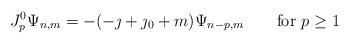
LaTeX: \begin{align*}J^0_p \Psi_{n,m}=-(-\jmath+\jmath_0+m) \Psi_{n-p,m}\qquad \mbox{for $p \geq1$}\end{align*}